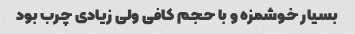
بسیار خوشمزه و با حجم کافی ولی زیادی چرب بود